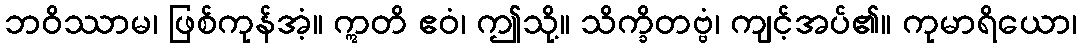
ဘဝိဿာမ၊ ဖြစ်ကုန်အံ့။ ဣတိ ဧဝံ၊ ဤသို့။ သိက္ခိတဗ္ဗံ၊ ကျင့်အပ်၏။ ကုမာရိယော၊